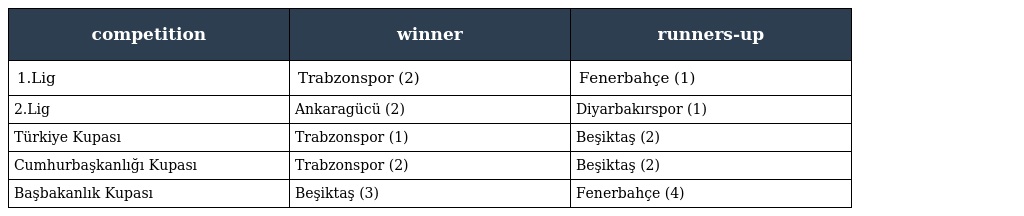
| competition | winner | runners-up |
 | --- | --- | --- |
 | 1.Lig | Trabzonspor (2) | Fenerbahçe (1) |
 | 2.Lig | Ankaragücü (2) | Diyarbakırspor (1) |
 | Türkiye Kupası | Trabzonspor (1) | Beşiktaş (2) |
 | Cumhurbaşkanlığı Kupası | Trabzonspor (2) | Beşiktaş (2) |
 | Başbakanlık Kupası | Beşiktaş (3) | Fenerbahçe (4) |